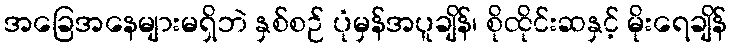
အခြေအနေများမရှိဘဲ နှစ်စဉ် ပုံမှန်အပူချိန်၊ စိုထိုင်းဆနှင့် မိုးရေချိန်